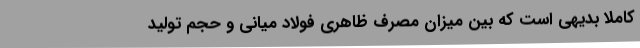
کاملاً بدیهی است که بین میزان مصرف ظاهری فولاد میانی و حجم تولید